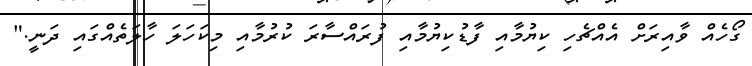
ގޯހެއް ވާއިރަށް އެއްޗެހި ކިޔުމާއި ފާޑުކިޔުމާއި ފުރައްސާރަ ކުރުމާއި މިކަހަލަ ހާލަތެއްގައި ދަނީ."